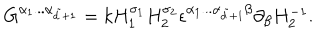
G ^ { \alpha _ { 1 } . . . \alpha _ { \tilde { d } + 1 } } = k H _ { 1 } ^ { \sigma _ { 1 } } H _ { 2 } ^ { \sigma _ { 2 } } \epsilon ^ { \alpha _ { 1 } . . . \alpha _ { \tilde { d } + 1 } \beta } \partial _ { \beta } H _ { 2 } ^ { - 1 } .